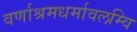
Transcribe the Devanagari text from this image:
वर्णाश्रमधर्मावलम्वि